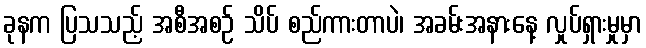
ခုနက ပြသသည့် အစီအစဉ် သိပ် စည်ကားတာပဲ၊ အခမ်းအနားနေ့ လှုပ်ရှားမှုမှာ